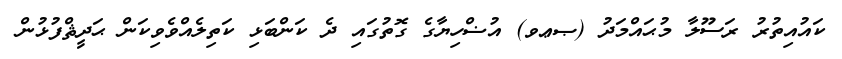
ކައުއިތުރު ރަސޫލާ މުޙައްމަދު (ޞޢވ) އުޟްހިޔާގެ ގޮތުގައި ދެ ކަންބަޅި ކަތިލެއްވެވިކަން ޙަދީޘްފުޅުން